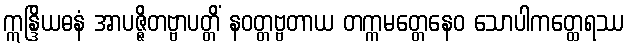
ဣန္ဒြိယဓနံ အာပဇ္ဇိတဗ္ဗာပတ္တိံ နဝတ္တဗ္ဗတာယ တက္ကမတ္တေနေဝ သောပါကတ္ထေရဿ